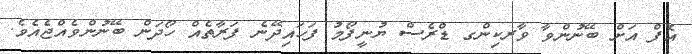
އެފް އަށް ބޭނުންވާ ވާރކިންގ ޑްރެސް ޔުނީފޯމު ފަހައިދޭނެ ފަރާތެއް ހޯދަން ބޭނުންވެއްޖެއެވެ.